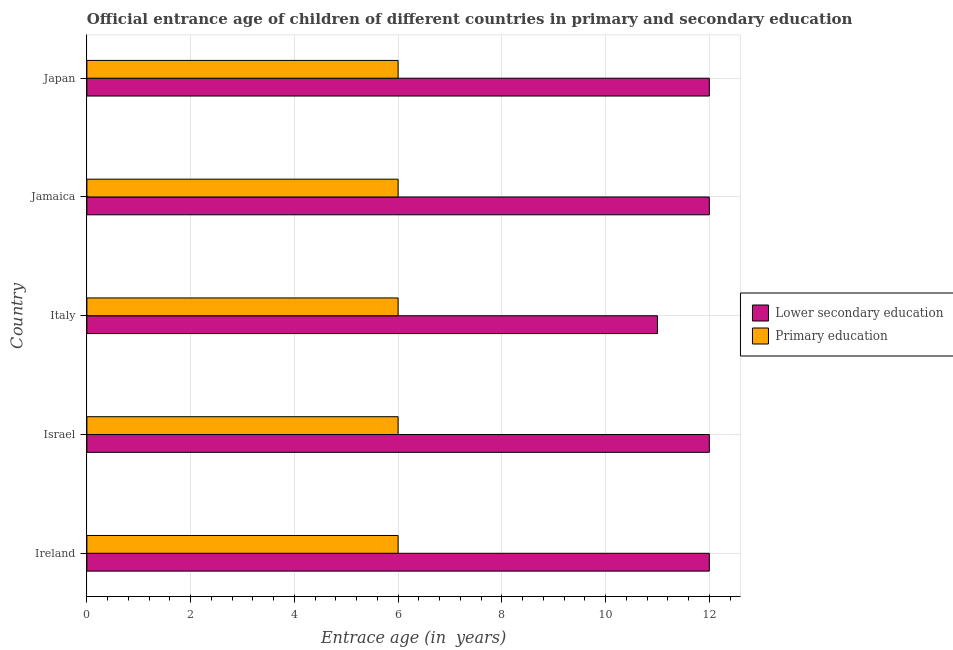
| Country | Lower secondary education | Primary education |
 | --- | --- | --- |
 | Ireland | 12 | 6 |
 | Israel | 12 | 6 |
 | Italy | 11 | 6 |
 | Jamaica | 12 | 6 |
 | Japan | 12 | 6 |